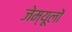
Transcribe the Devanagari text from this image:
जेम्यूलों